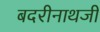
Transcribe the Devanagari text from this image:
बदरीनाथजी